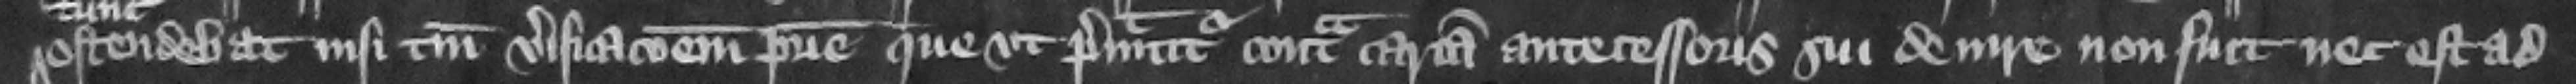
ostendebat nisi tantum verificacionem patrie que vt premittitur contra cartam antecessoris sui de iure non fuit nec est ad